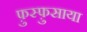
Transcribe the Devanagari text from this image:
फ़ुस्फ़ुसाया